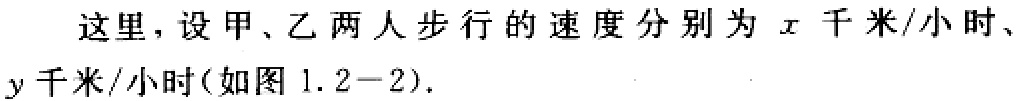
这里，设甲、乙两人步行的速度分别为 \(x\) 千米/小时、\(y\) 千米/小时(如图 1.2 - 2).